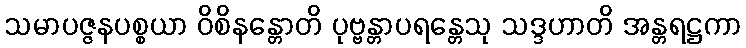
သမာပဇ္ဇနပစ္စယာ ဝိစိနန္တောတိ ပုဗ္ဗန္တာပရန္တေသု သဒ္ဒဟာတိ အန္တရဋ္ဌကာ